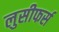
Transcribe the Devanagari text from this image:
लुसीफर्स